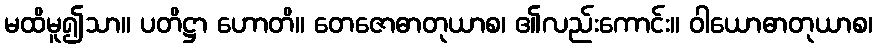
မထိမူ၍သာ။ ပတိဋ္ဌာ ဟောတိ။ တေဇောဓာတုယာစ၊ ၏လည်းကောင်း။ ဝါယောဓာတုယာစ၊